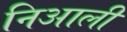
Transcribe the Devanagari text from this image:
निआली